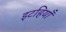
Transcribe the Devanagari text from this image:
इटहियाँ